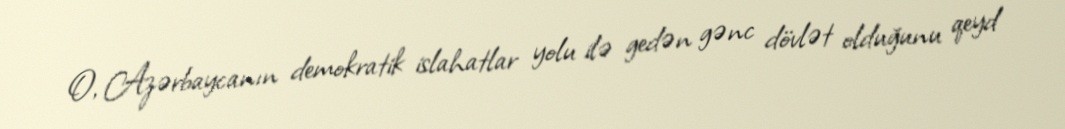
O, Azərbaycanın demokratik islahatlar yolu ilə gedən gənc dövlət olduğunu qeyd